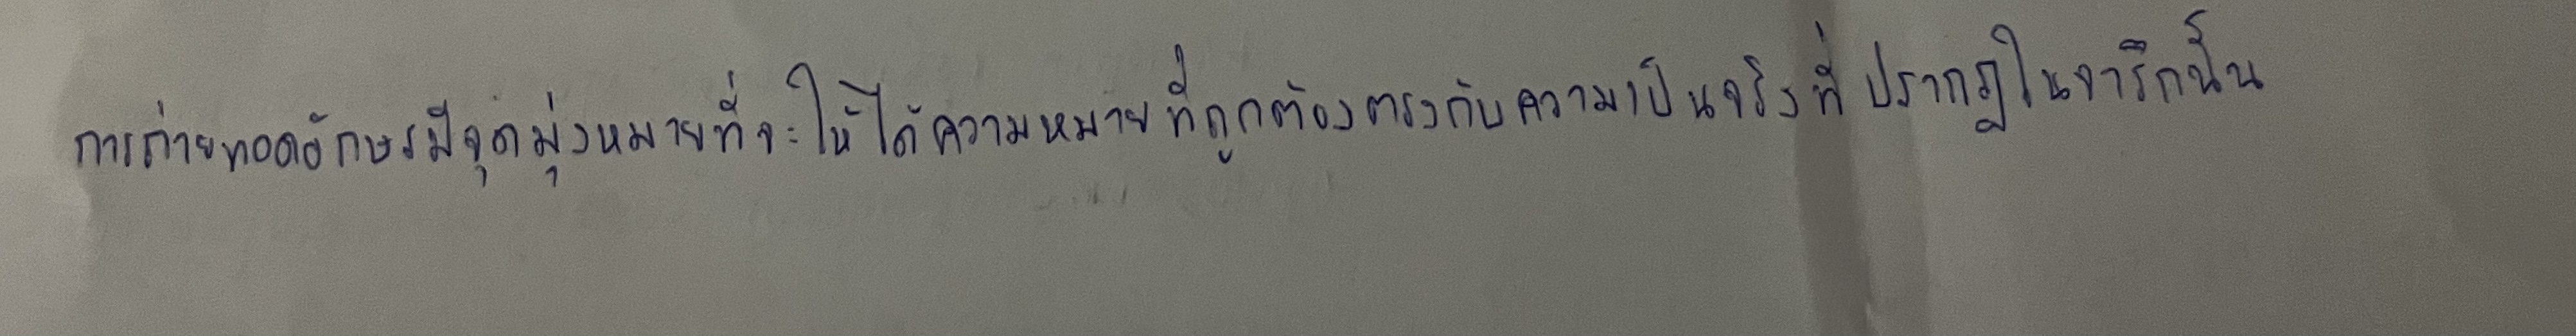
การถ่ายถอดอักษรมีจุดมุ่งหมายที่จะให้ได้ความหมายที่ถูกต้องตรงกับความเป็นจริงที่ปรากฏในจารึกนั้น